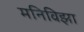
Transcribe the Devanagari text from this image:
मनिविझा